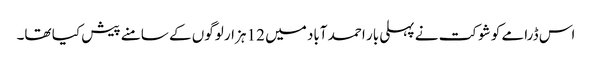
اس ڈرامے کو شوکت نے پہلی بار احمد آباد میں 12 ہزار لوگوں کے سامنے پیش کیا تھا۔